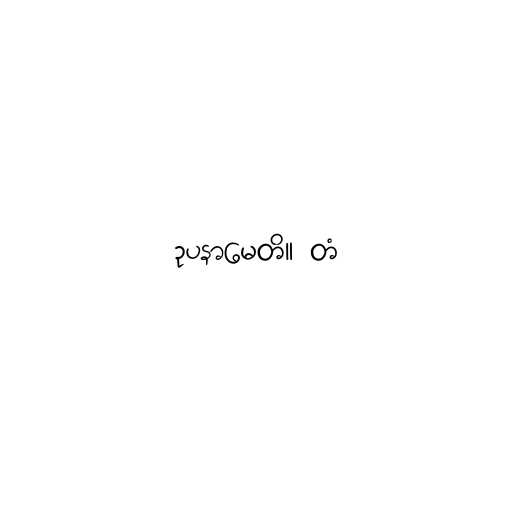
ဥပနာမေတိ။ တံ